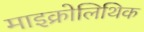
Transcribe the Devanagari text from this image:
माइक्रोलिथिक